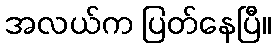
အလယ်က ပြတ်နေပြီ။